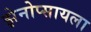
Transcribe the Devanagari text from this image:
झेनोप्सायला